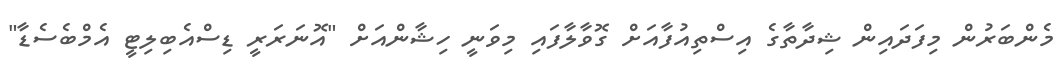
މެންބަރުން މިފަދައިން ޝިދާތާގެ އިސްތިއުފާއަށް ގޮވާލާފައި މިވަނީ ހިޝާންއަށް "އޮނަރަރީ ޑިސްއެބިލިޓީ އެމްބެސެޑާ"